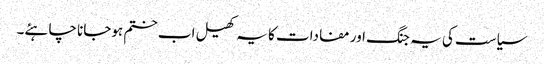
سیاست کی یہ جنگ اور مفادات کا یہ کھیل اب ختم ہوجانا چاہئے۔